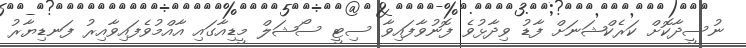
ނުސީދާކޮށް ކަރެކްޝަނަށް ފާޑު ވިދާޅުވެ ފޮނުވާފައިވާ ސިޓީ ސޯޝަލް މީޑިއާގައި އާއްމުވެފައިވާއިރު ފަނޑިޔާރު